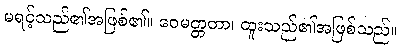
မရင့်သည်၏အဖြစ်၏။ ဝေမတ္တတာ၊ ထူးသည်၏အဖြစ်သည်။